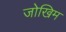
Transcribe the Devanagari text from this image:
जोखिम